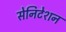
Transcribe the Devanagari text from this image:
सेनिटेशन